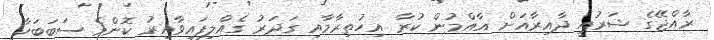
ރާއްޖޭގެ ޝަރުއީ ދާއިރާއަށް އާއްމުން ކުރާ އިހުތިރާމާއި ގަދަރު ގެއްލިފައިވާއިރު ކޮންމެ ސަބަބަކާ